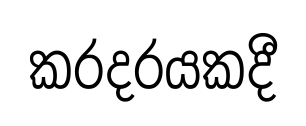
කරදරයකදී